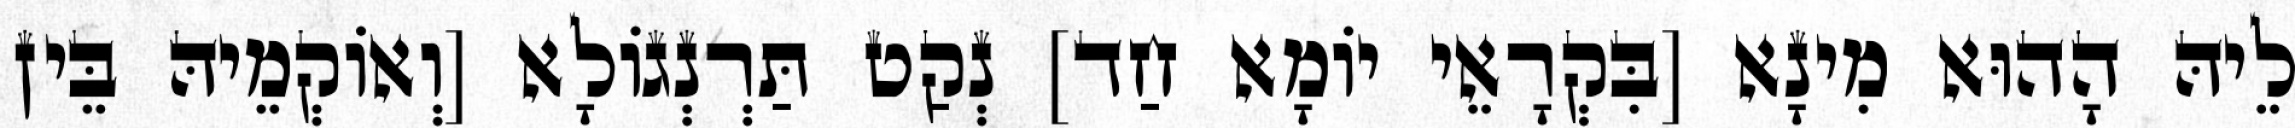
לֵיהּ הָהוּא מִינָא [בִּקְרָאֵי יוֹמָא חַד] נְקַט תַּרְנְגוֹלָא [וְאוֹקְמֵיהּ בֵּין